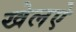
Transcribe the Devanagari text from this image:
खेलऐ